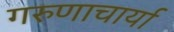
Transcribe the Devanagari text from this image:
गरुणाचार्या